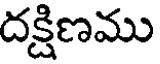
దక్షిణము